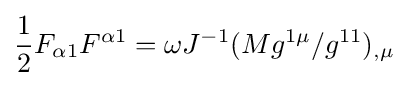
{\frac {1}{2}}F_{\alpha 1}F^{\alpha 1}=\omega J^{-1}(Mg^{1\mu }/g^{11})_{,\mu }